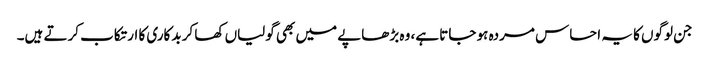
جن لوگوں کا یہ احساس مردہ ہو جاتا ہے، وہ بڑھاپے میں بھی گولیاں کھا کر بدکاری کا ارتکاب کرتے ہیں۔